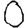
Digit: 0